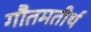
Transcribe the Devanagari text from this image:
गौतमतीर्थ